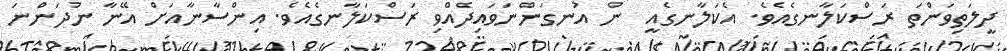
ދީލަތިވަންތަ ރަސްކަލާނގެއެވެ. އެކަލާނގެއީ  ން އުނގަންނަވައިދެއްވި ރަސްކަލާނގެއެވެ. އިންސާނާއަށް އޭނާ ނުދަންނަ